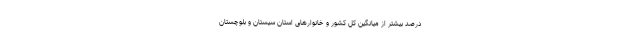
درصد بیشتر از میانگین کل کشور و خانوارهای استان سیستان و بلوچستان